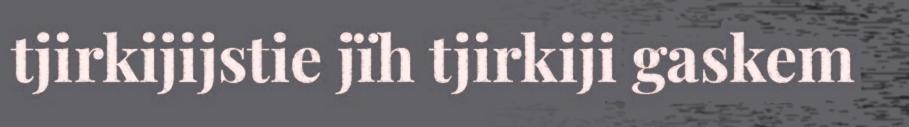
tjirkijijstie jïh tjirkiji gaskem